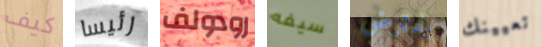
كيف رئيسا رودولف سيفه يفترض تعيينك